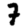
Digit: 7